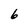
Character: 6